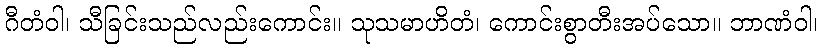
ဂီတံဝါ၊ သီခြင်းသည်လည်းကောင်း။ သုသမာဟိတံ၊ ကောင်းစွာတီးအပ်သော။ ဘာဏံဝါ၊